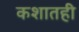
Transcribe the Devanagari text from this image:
कशातही